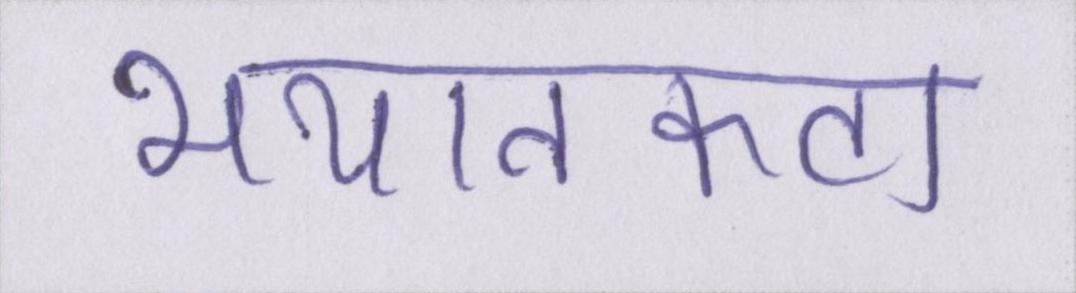
भयानकता